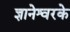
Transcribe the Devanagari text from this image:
ज्ञानेश्वरके